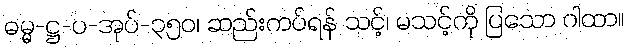
ဓမ္မ-ဋ္ဌ-ပ-အုပ်-၃၅၀၊ ဆည်းကပ်ရန် သင့်၊ မသင့်ကို ပြသော ဂါထာ။